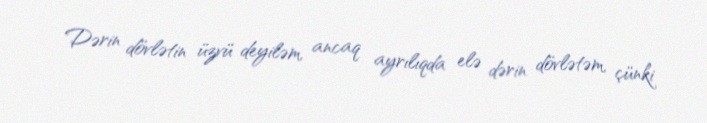
Dərin dövlətin üzvü deyiləm, ancaq ayrılıqda elə dərin dövlətəm, çünki